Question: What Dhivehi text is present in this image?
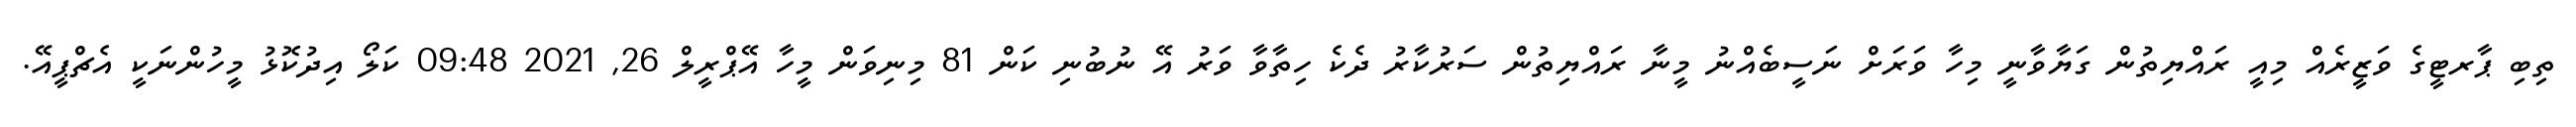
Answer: ތިބި ޕާރޓީގެ ވަޒީރެއް މިއީ ރައްޔިތުން ގަޔާވާނީ މިހާ ވަރަށް ނަސީބެއްނު މީނާ ރައްޔިތުން ސަރުކާރު ދެކެ ހިތާވާ ވަރު އޭ ނުބުނި ކަން 81 މިނިވަން މީހާ އޭޕްރީލް 26, 2021 09:48 ކަލޯ އިދުކޮޅު މީހުންނަކީ އެޗްޕީއޭ.